Report of veterinary surgeon J.H. Steel, A.V.D., on his investigation into an obscure and fatal disease among transport mules in British Burma
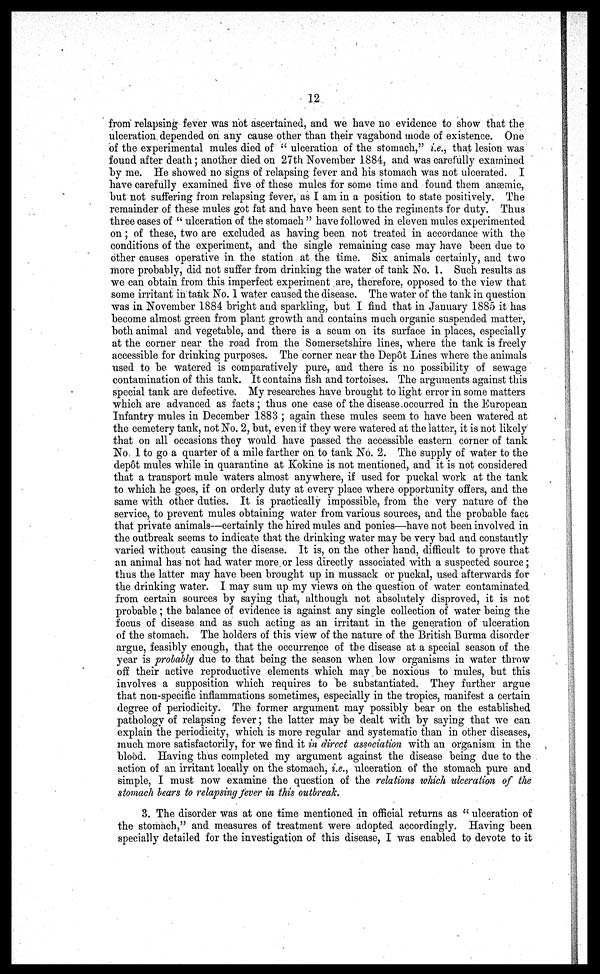
12
from relapsing fever was not ascertained, and we have no evidence to show that the
ulceration depended on any cause other than their vagabond mode of existence. One
of the experimental mules died of " ulceration of the stomach," i.e., that lesion was
found after death; another died on 27th November 1884, and was carefully examined
by me. He showed no signs of relapsing fever and his stomach was not ulcerated. I
have carefully examined five of these mules for some time and found them anæmic,
but not suffering from relapsing fever, as I am in a position to state positively. The
remainder of these mules got fat and have been sent to the regiments for duty. Thus
three cases of " ulceration of the stomach " have followed in eleven mules experimented
on ; of these, two are excluded as having been not treated in accordance with the
conditions of the experiment, and the single remaining case may have been due to
other causes operative in the station at the time. Six animals certainly, and two
more probably, did not suffer from drinking the water of tank No. 1. Such results as
we can obtain from this imperfect experiment are, therefore, opposed to the view that
some irritant in tank No. 1 water caused the disease. The water of the tank in question
was in November 1884 bright and sparkling, but I find that in January 1885 it has
become almost green from plant growth and contains much organic suspended matter,
both animal and vegetable, and there is a scum on its surface in places, especially
at the corner near the road from the Somersetshire lines, where the tank is freely
accessible for drinking purposes. The corner near the Depôt Lines where the animals
used to be watered is comparatively pure, and there is no possibility of sewage
contamination of this tank. It contains fish and tortoises. The arguments against this
special tank are defective. My researches have brought to light error in some matters
which are advanced as facts; thus one case of the disease occurred in the European
Infantry mules in December 1883 ; again these mules seem to have been watered at
the cemetery tank, not No. 2, but, even if they were watered at the latter, it is not likely
that on all occasions they would have passed the accessible eastern corner of tank
No 1 to go a quarter of a mile farther on to tank No. 2. The supply of water to the
dep6t mules while in quarantine at Kokine is not mentioned, and it is not considered
that a transport mule waters almost anywhere, if used for puckal work at the tank
to which he goes, if on orderly duty at every place where opportunity offers, and the
same with other duties. It is practically impossible, from the very nature of the
service, to prevent mules obtaining water from various sources, and the probable face
that private animals—certainly the hired mules and ponies—have not been involved in
the outbreak seems to indicate that the drinking water may be very bad and constantly
varied without causing the disease. It is, on the other hand, difficult to prove that
an animal has not had water more or less directly associated with a suspected source ;
thus the latter may have been brought up in mussack or puckal, used afterwards for
the drinking water. I may sum up my views on the question of water contaminated
from certain sources by saying that, although not absolutely disproved, it is not
probable ; the balance of evidence is against any single collection of water being the
focus of disease and as such acting as an irritant in the generation of ulceration
of the stomach. The holders of this view of the nature of the British Burma disorder
argue, feasibly enough, that the occurrence of the disease at a special season of the
year is probably due to that being the season when low organisms in water throw
off their active reproductive elements which may be noxious to mules, but this
involves a supposition which requires to be substantiated. They further argue
that non-specific inflammations sometimes, especially in the tropics, manifest a certain
degree of periodicity. The former argument may possibly bear on the established
pathology of relapsing fever ; the latter may be dealt with by saying that wo can
explain the periodicity, which is more regular and systematic than in other diseases,
much more satisfactorily, for we find it in direct association with an organism in the
blood. Having thus completed my argument against the disease being due to the
action of an irritant locally on the stomach, i.e., ulceration of the stomach pure and
simple, I must now examine the question of the relations which ulceration of the
stomach bears to relapsing fever in this outbreak .
3. The disorder was at one time mentioned in official returns as " ulceration of
the stomach," and measures of treatment were adopted accordingly. Having been
specially detailed for the investigation of this disease, I was enabled to devote to it